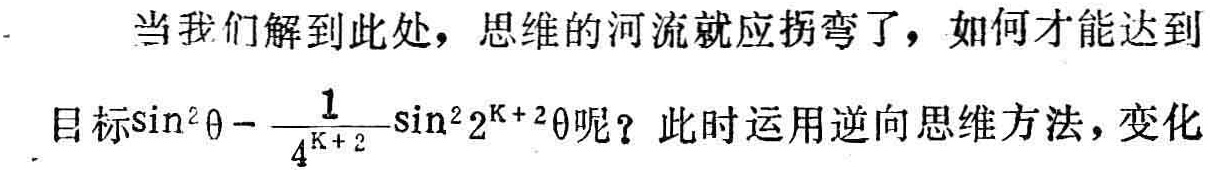
当我们解到此处，思维的河流就应拐弯了，如何才能达到
目标\(\sin^{2}\theta - \frac{1}{4^{K + 2}}\sin^{2}2^{K + 2}\theta\)呢？此时运用逆向思维方法，变化